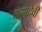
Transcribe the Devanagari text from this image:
वत्सदेवी